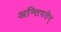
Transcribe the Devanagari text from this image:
अन्तिपतेर्